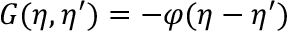
G ( \eta , \eta ^ { \prime } ) = - \varphi ( \eta - \eta ^ { \prime } )